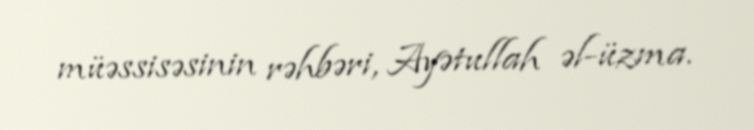
müəssisəsinin rəhbəri, Ayətullah əl-üzma.